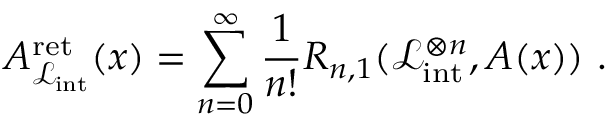
A _ { \mathcal { L } _ { \mathrm { i n t } } } ^ { \mathrm { r e t } } ( x ) = \sum _ { n = 0 } ^ { \infty } \frac { 1 } { n ! } R _ { n , 1 } ( \mathcal { L } _ { \mathrm { i n t } } ^ { \otimes n } , A ( x ) ) \ .